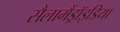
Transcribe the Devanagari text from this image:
सैलामैंड्रॉइडिया